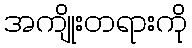
အကျိုးတရားကို